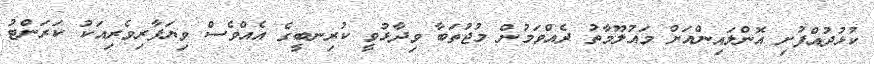
ކުޅުދުއްފުށި އޮންލައިންއަށް މައުލޫމާތު ދެއްވަމުން މުޖުތަބާ ވިދާޅުވީ ކުރިނބީގެ އެއްވެސް ވިޔަފާރިވެރިއަކު ކަރަންޓު